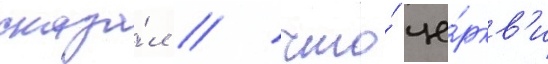
сказа́л / что́ це́ркв'и